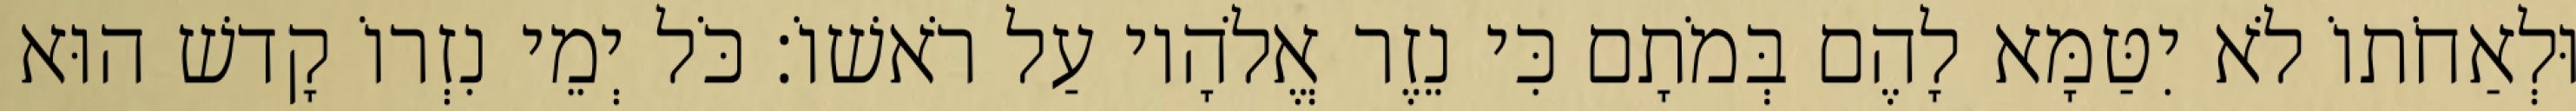
וּלְאַחֹתוֹ לֹא יִטַּמָּא לָהֶם בְּמֹתָם כִּי נֵזֶר אֱלֹהָיו עַל רֹאשׁוֹ׃ כֹּל יְמֵי נִזְרוֹ קָדשׁ הוּא